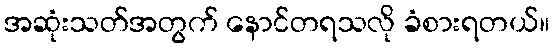
အဆုံးသတ်အတွက် နောင်တရသလို ခံစားရတယ်။